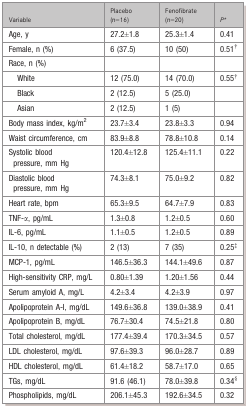
| Variable | Placebo (n=16) | Fenofibrate (n=20) | P* |
 | --- | --- | --- | --- |
 | Age, y | 27.2±1.8 | 25.3±1.4 | 0.41 |
 | Female, n (%) | 6 (37.5) | 10 (50) | 0.51† |
 | Race, n (%) |  |  |  |
 | White | 12 (75.0) | 14 (70.0) | 0.55† |
 | Black | 2 (12.5) | 5 (25.0) |  |
 | Asian | 2 (12.5) | 1 (5) |  |
 | Body mass index, kg/m2 | 23.7±3.4 | 23.8±3.3 | 0.94 |
 | Waist circumference, cm | 83.9±8.8 | 78.8±10.8 | 0.14 |
 | Systolic blood pressure, mm Hg | 120.4±12.8 | 125.4±11.1 | 0.22 |
 | Diastolic blood pressure, mm Hg | 74.3±8.1 | 75.0±9.2 | 0.82 |
 | Heart rate, bpm | 65.3±9.5 | 64.7±7.9 | 0.83 |
 | TNF-α, pg/mL | 1.3±0.8 | 1.2±0.5 | 0.60 |
 | IL-6, pg/mL | 1.1±0.5 | 1.2±0.5 | 0.89 |
 | IL-10, n detectable (%) | 2 (13) | 7 (35) | 0.25‡ |
 | MCP-1, pg/mL | 146.5±36.3 | 144.1±49.6 | 0.87 |
 | High-sensitivity CRP, mg/L | 0.80±1.39 | 1.20±1.56 | 0.44 |
 | Serum amyloid A, mg/L | 4.2±3.4 | 4.2±3.9 | 0.97 |
 | Apolipoprotein A-I, mg/dL | 149.6±36.8 | 139.0±38.9 | 0.41 |
 | Apolipoprotein B, mg/dL | 76.7±30.4 | 74.5±21.8 | 0.80 |
 | Total cholesterol, mg/dL | 177.4±39.4 | 170.3±34.5 | 0.57 |
 | LDL cholesterol, mg/dL | 97.6±39.3 | 96.0±28.7 | 0.89 |
 | HDL cholesterol, mg/dL | 61.4±18.2 | 58.7±17.0 | 0.65 |
 | TGs, mg/dL | 91.6 (46.1) | 78.0±39.8 | 0.34§§ |
 | Phospholipids, mg/dL | 206.1±45.3 | 192.6±34.5 | 0.32 |